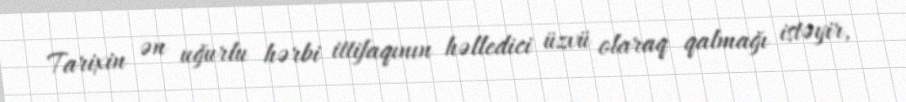
Tarixin ən uğurlu hərbi ittifaqının həlledici üzvü olaraq qalmağı istəyir,